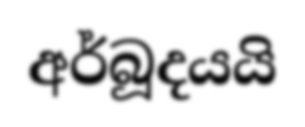
අර්බූදයයි